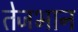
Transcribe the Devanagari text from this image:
तेजभान